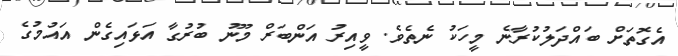
އެގޮތަށް ބައްދަލުކުރާނެ މީހަކު ނެތެވެ. ވީއިރު އަންބަރް މޫނު ބުރުގާ އަޅައިގެން އައުމުގެ